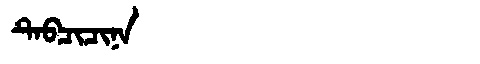
Manchu: ᡨᡝᠪᠴᡳᠴᡳᠨᠠ
Romanization: TEBCICINA